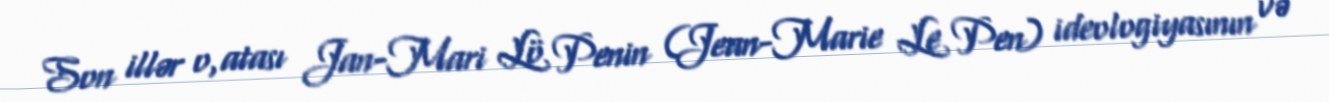
Son illər o,atası Jan-Mari Lö Penin (Jean-Marie Le Pen) ideologiyasının və